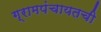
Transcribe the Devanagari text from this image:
ग्रामपंचायतची